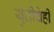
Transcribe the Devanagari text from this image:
युतीचेही